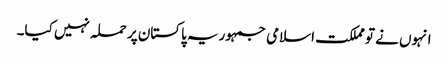
انہوں نے تو مملکت اسلامی جمہوریہ پاکستان پر حملہ نہیں کیا۔